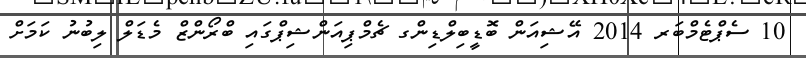
10 ސެޕްޓެމްބަރ 2014 އޭޝިއަން ބޮޑީބިލްޑިންގ ޗެމްޕިއަންޝިޕްގައި ބްރޯންޒް މެޑަލް ލިބުނު ކަމަށް